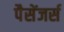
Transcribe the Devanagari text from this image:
पैसेंजर्स